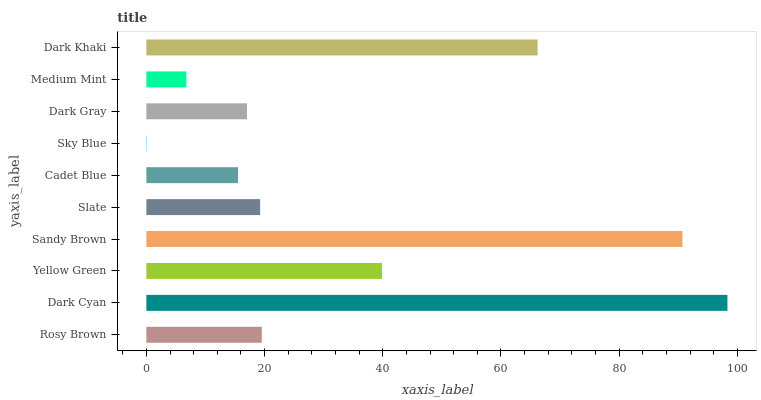
| yaxis_label | bars |
 | --- | --- |
 | Rosy Brown | 19.5 |
 | Dark Cyan | 98.3 |
 | Yellow Green | 39.9 |
 | Sandy Brown | 90.7 |
 | Slate | 19.3 |
 | Cadet Blue | 15.5 |
 | Sky Blue | 0.112 |
 | Dark Gray | 17 |
 | Medium Mint | 6.77 |
 | Dark Khaki | 66.2 |